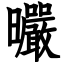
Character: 曮